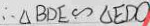
\therefore \Delta B D E \sim \Delta E D C